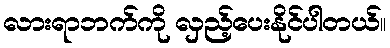
လားရာဘက်ကို လှည့်ပေးနိုင်ပါတယ်။